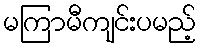
မကြာမီကျင်းပမည့်